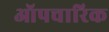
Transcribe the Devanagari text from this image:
ऑपचारिक